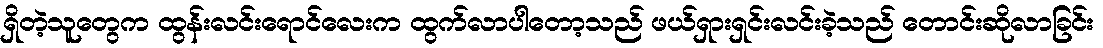
ရှိတဲ့သူတွေက ထွန်းလင်းရောင်လေးက ထွက်လာပါတော့သည် ဖယ်ရှားရှင်းလင်းခဲ့သည် တောင်းဆိုလာခြင်း